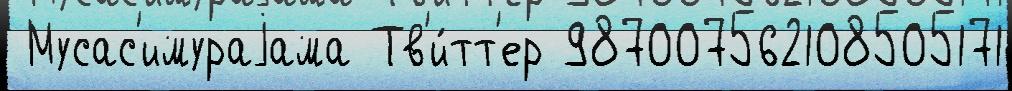
 Мусас'имураjама Тв'и́тт'ер 987007562108505171